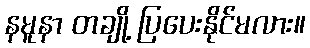
နမူနာ တချို့ ပြပေးနိုင်မလား။